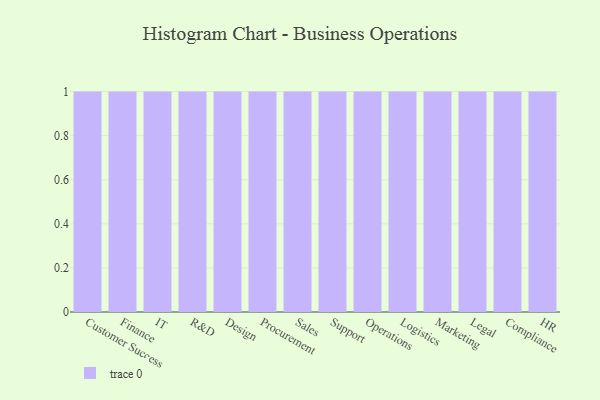
{"axis": {"x": "Department", "y": "Inventory Turnover"}, "legend": [""], "data": [{"x": "Customer Success", "y": 67, "type": ""}, {"x": "Finance", "y": 99, "type": ""}, {"x": "IT", "y": 96, "type": ""}, {"x": "R&D", "y": 61, "type": ""}, {"x": "Design", "y": 29, "type": ""}, {"x": "Procurement", "y": 7, "type": ""}, {"x": "Sales", "y": 42, "type": ""}, {"x": "Support", "y": 21, "type": ""}, {"x": "Operations", "y": 95, "type": ""}, {"x": "Logistics", "y": 4, "type": ""}, {"x": "Marketing", "y": 78, "type": ""}, {"x": "Legal", "y": 87, "type": ""}, {"x": "Compliance", "y": 91, "type": ""}, {"x": "HR", "y": 38, "type": ""}]}